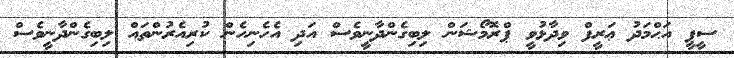
ސީޕީ އަޙްމަދު ޢަރީފް ވިދާޅުވީ ޕްރޮމޯޝަން ލިބިގެންދާނީވެސް އަދި އެހެނިހެން ކުރިއެރުންތައް ލިބިގެންދާނީވެސް